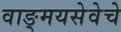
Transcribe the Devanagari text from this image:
वाङ्मयसेवेचे